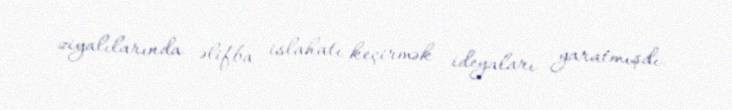
ziyalılarında əlifba islahatı keçirmək ideyaları yaratmışdı.